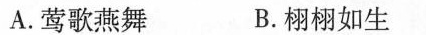
A.莺歌燕舞 B.栩栩如生